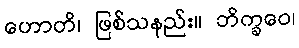
ဟောတိ၊ ဖြစ်သနည်း။ ဘိက္ခဝေ၊